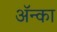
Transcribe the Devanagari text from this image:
अॅन्का